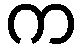
က